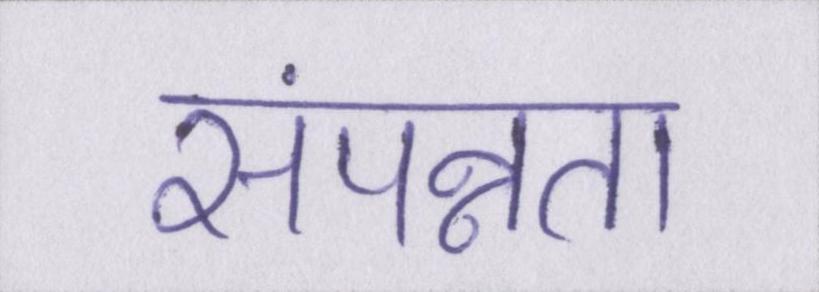
संपन्नता